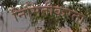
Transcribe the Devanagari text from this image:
निर्मितीकरता